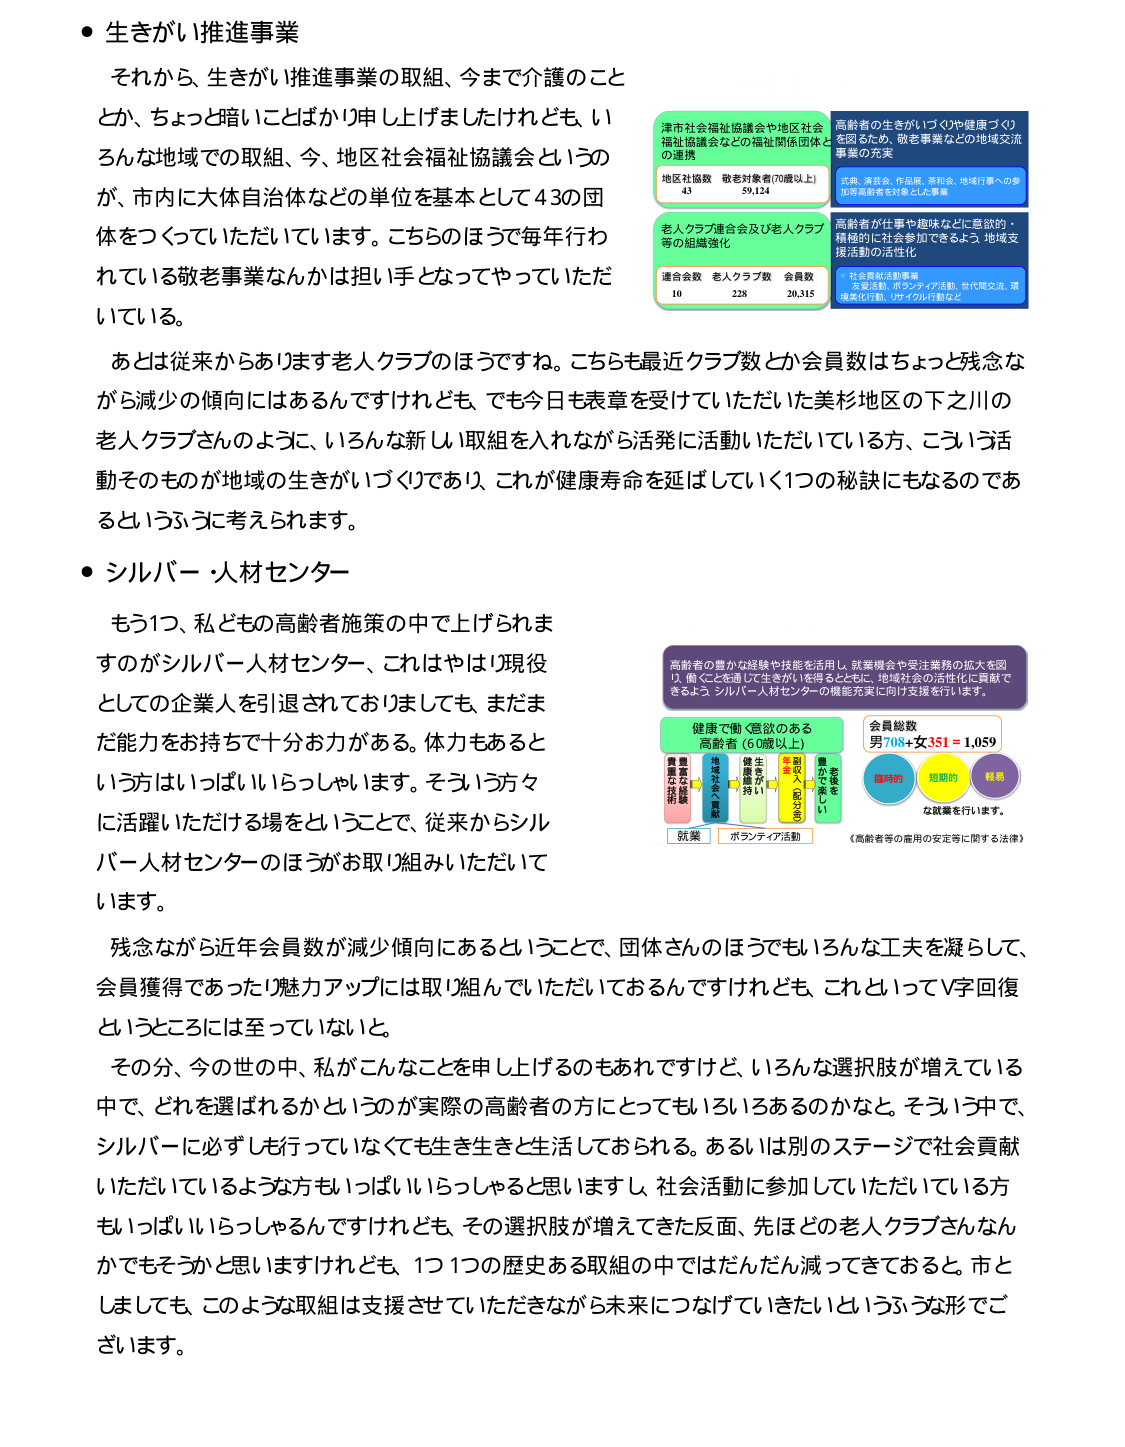
● 生きがい推進事業
それから、生きがい推進事業の取組、今まで介護のこととか、ちょっと暗いことばかり申し上げましたけれども、いろんな地域での取組、今、地区社会福祉協議会というの が、市内に大体自治体などの単位を基本として43の団体をつくっていただいています。こちらのほうで毎年行われている敬老事業なんかは担い手となってやっていただいている。

あとは従来からあります老人クラブのほうですね。こちらも最近クラブ数とか会員数はちょっと残念ながら減少の傾向にはあるんですけれども、でも今日も表章を受けていただいた美杉地区の下之川の老人クラブさんのように、いろんな新しい取組を入れながら活発に活動いただいている方、こういう活動そのものが地域の生きがいづくりであり、これが健康寿命を延ばしていく1つの秘訣にもなるのであるというふうに考えられます。

● シルバー・人材センター
もう1つ、私どもの高齢者施策の中で上げられますのがシルバー人材センター、これはやはり現役としての企業人を引退されておりましても、まだまだ能力をお持ちで十分お力がある。体力もあるという方はいっぱいいらっしゃいます。そういう方々に活躍いただける場をということで、従来からシルバー人材センターのほうが取り組みいただいています。

残念ながら近年会員数が減少傾向にあるということで、団体さんのほうでもいろんな工夫を凝らして、会員獲得であったり魅力アップには取り組んでいただいておるんですけれども、これといってV字回復というところには至っていないと。

その分、今の世の中、私がこんなことを申し上げるのもあれですけど、いろんな選択肢が増えている中で、どれを選ばれるかというのが実際の高齢者の方にとってもいろいろあるのかなと。そういう中で、シルバーに必ずしも行っていなくても生き生きと生活しておられる。あるいは別のステージで社会貢献いただいているような方もいっぱいいらっしゃると思いますし、社会活動に参加していただいている方もいっぱいいらっしゃるんですけれども、その選択肢が増えてきた反面、先ほどの老人クラブさんなんかでもそうかと思いますけれども、1つ1つの歴史ある取組の中ではだんだん減ってきておる。市としましても、このような取組は支援させていただきながら未来につなげていきたいというふうな形でございます。

津市社会福祉協議会や地区社会福祉協議会などの福祉関係団体との連携
地区社協数 43
敬老対象者(70歳以上) 59,124

高齢者の生きがいづくりや健康づくりを図るため、敬老事業などの地域交流事業の充実
式典、演奏会、作品展、茶話会、地域行事への参加等高齢者対象とした事業

老人クラブ連合会及び老人クラブ等の組織強化
連合会数 10
老人クラブ数 228
会員数 20,315

高齢者が仕事や趣味などに意欲的・積極的に社会参加できるよう、地域支援活動の活性化
・社会貢献活動事業
児童活動、ボランティア活動、世代間交流、環境美化行動、リサイクル行動など

高齢者の豊かな経験や技能を活用し、就業機会や受注業務の拡大を図り、働くことを通して生きがいを得るとともに、地域社会の活性化に貢献できるよう、シルバー人材センターの機能充実に向け支援を行います。

健康で働く意欲のある高齢者（60歳以上）
豊富な経験
豊富な技能
地域社会へ貢献
健康維持
生産性向上
年収・人件費の安定
副収入を得る
働きを楽しむ

会員総数
男708＋女351＝1,059

臨時的
短期的
継続

な就業を行います。
《高齢者等の雇用の安定等に関する法律》

就業
ボランティア活動